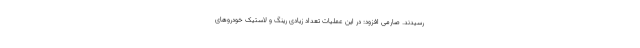
رسیدند. صارمی افزود: در این عملیات تعداد زیادی رینگ و لاستیک خودروهای